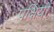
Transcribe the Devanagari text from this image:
पक्षियों